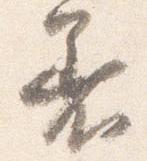
着